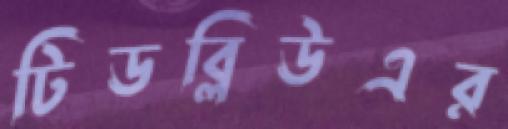
টিডব্লিউএর